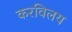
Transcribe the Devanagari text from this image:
करविलय